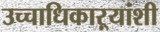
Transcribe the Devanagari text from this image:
उच्चाधिकाऱ्यांशी